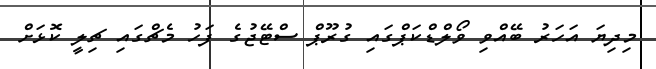
މިދިޔަ އަހަރު ބޭއްވި ވޯލްޑްކަޕްގައި ގުރޫޕް ސްޓޭޖުގެ ފަހު މެޗްގައި ޗިލީ ކޮޅަށް